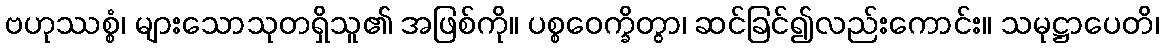
ဗဟုဿစ္စံ၊ များသောသုတရှိသူ၏ အဖြစ်ကို။ ပစ္စဝေက္ခိတွာ၊ ဆင်ခြင်၍လည်းကောင်း။ သမုဋ္ဌာပေတိ၊